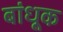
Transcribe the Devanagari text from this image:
बांधूक